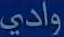
وادي